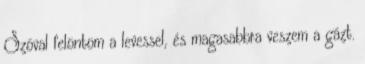
Szóval felöntöm a levessel, és magasabbra veszem a gázt.